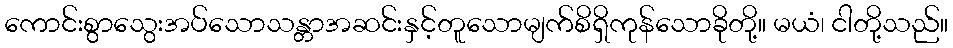
ကောင်းစွာသွေးအပ်သောသန္တာအဆင်းနှင့်တူသောမျက်စိရှိကုန်သောခိုတို့။ မယံ၊ ငါတို့သည်။